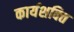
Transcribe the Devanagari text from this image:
कार्यशक्‍ति